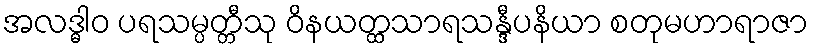
အလဒ္ဓါဝ ပရသမ္ပတ္တီသု ဝိနယတ္ထသာရသန္ဒီပနိယာ စတုမဟာရာဇာ